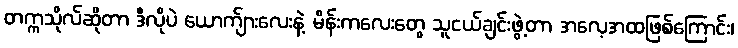
တက္ကသိုလ်ဆိုတာ ဒီလိုပဲ ယောက်ျားလေးနဲ့ မိန်းကလေးတွေ သူငယ်ချင်းဖွဲ့တာ အလေ့အထဖြစ်ကြောင်း၊